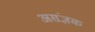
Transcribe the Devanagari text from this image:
असंज्ञक